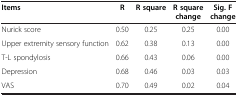
<table><thead><tr><td><b>Items</b></td><td><b>R</b></td><td><b>R square</b></td><td><b>R square change</b></td><td><b>Sig. F change</b></td></tr></thead><tbody><tr><td>Nurick score</td><td>0.50</td><td>0.25</td><td>0.25</td><td>0.00</td></tr><tr><td>Upper extremity sensory function</td><td>0.62</td><td>0.38</td><td>0.13</td><td>0.00</td></tr><tr><td>T-L spondylosis</td><td>0.66</td><td>0.43</td><td>0.06</td><td>0.00</td></tr><tr><td>Depression</td><td>0.68</td><td>0.46</td><td>0.03</td><td>0.03</td></tr><tr><td>VAS</td><td>0.70</td><td>0.49</td><td>0.02</td><td>0.04</td></tr></tbody></table>